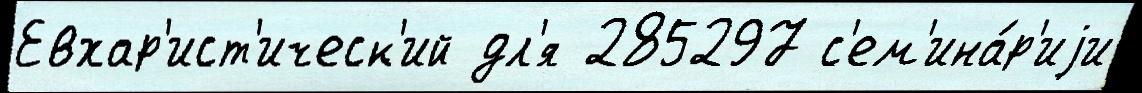
Евхар'ист'ическ'ий дл'я 285297 с'ем'ина́р'иjи